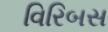
વિરિબસ